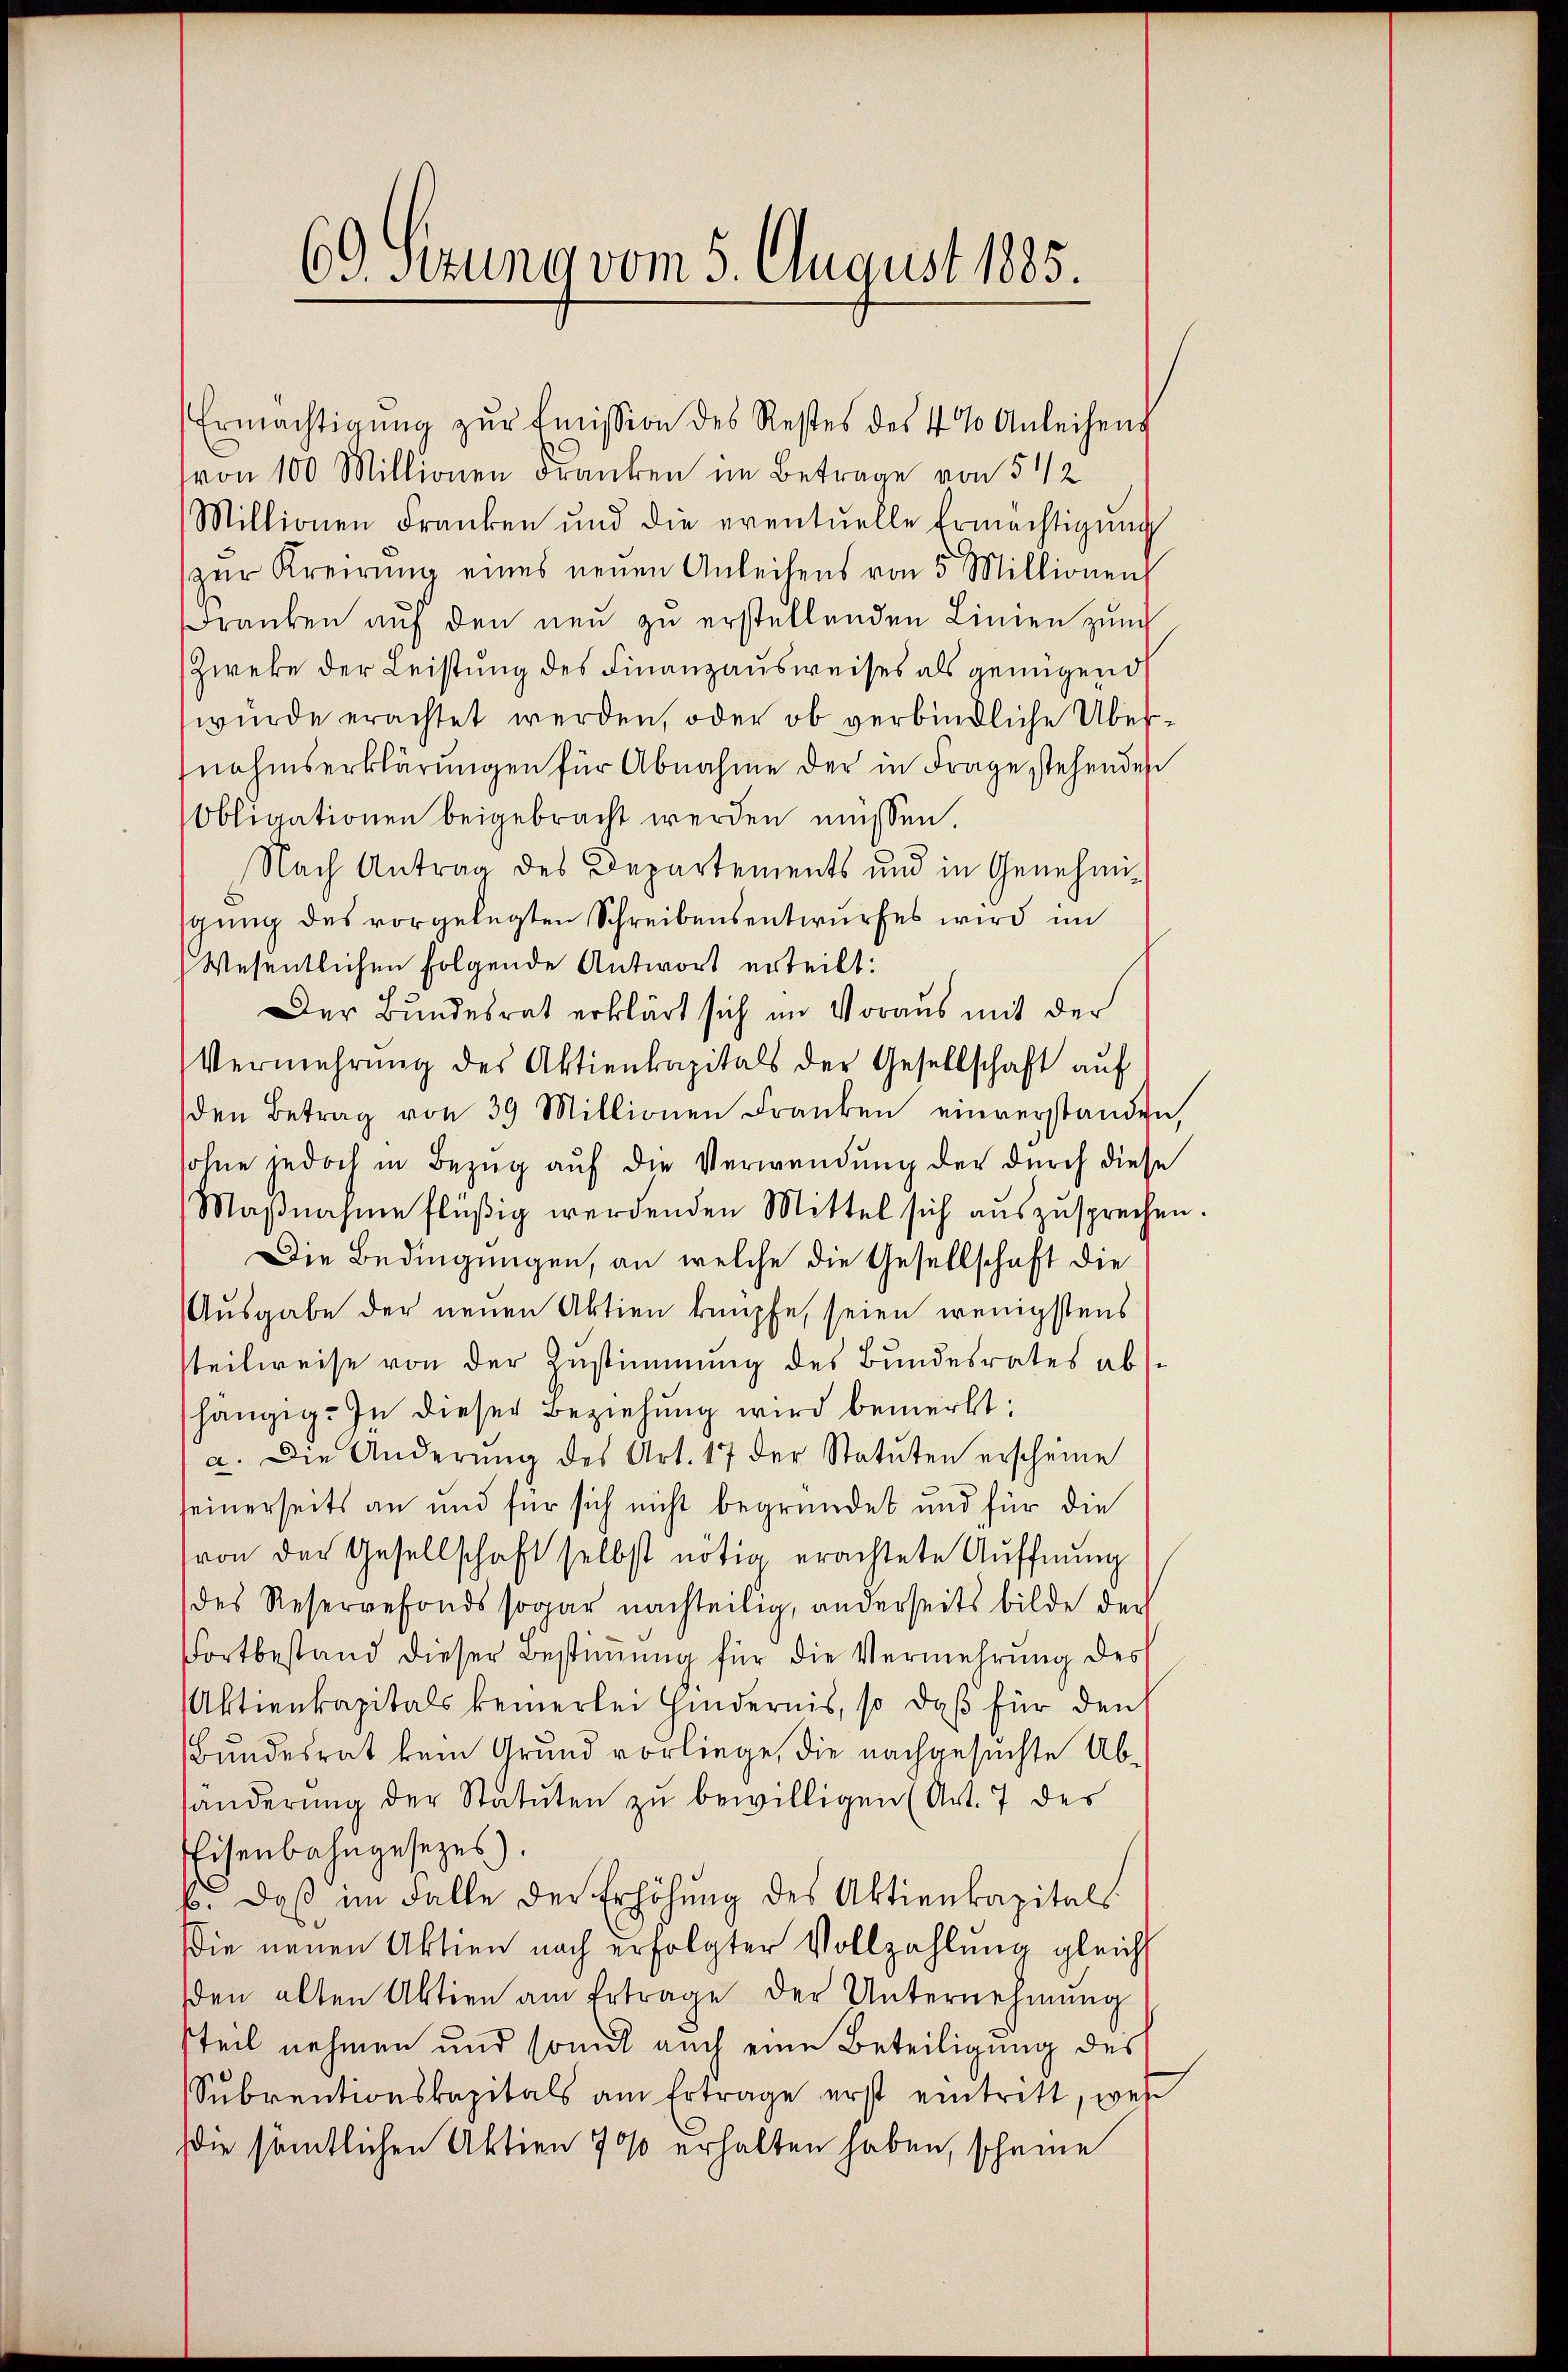
69. Sizung vom 5. August 1885.

Ermächtigŭng zŭr Emission des Restes des 4% Anleihens
(von 100 Millionen Franken im Betrage von 5 1/2
Millionen Franken und die eventuelle Ermächtigŭng
zur Kreisung eines neuen Anleihens von 5 Millionen
Franken auf den neu zu erstellenden Linien zunch
Zweke der Leistung des Finanzausweises als genügend
würde erachtet werden, oder ob verbindliche Übernahmserklärungen für Abnahme der in Frage stehenden
Obligationen beigebracht werden müssen.
Nach Antrag des Departements und in Genehmigung des vorgelegten Schreibensentwurfes wird im
Wesentlichen folgende Antwort erteilt:
Der Bundesrat erklärt sich im Voraus mit der
Vermehrŭng des Aktienkapitals der Gesellschaft aŭf
den Betrag von 39 Millionen Franken einverstanden,
sohne jedoch in Bezug auf die Verwendung der durch diese
Maβnahme flüßig werdenden Mittel sich auszusprechen.
Die Bedingungen, an welche die Gesellschaft die
Ausgabe der neuen Aktien knüpfe, seien wenigstens
steilweise von der Zustimmung des Bundesrates abshängig. In dieser Beziehung wird bemerkt:
a. Die Änderŭng des Art. 17 der Statuten erscheine
seinerseits an und für sich nicht begründet und für die
(von der Gesellschaft selbst nötig erachtete Auffnung
des Reservefonds sogar nachteilig, anderseits bilde der
Fortbestand dieser Bestimmung für die Vermehrung des
Aktienkapitals keinerlei hindernis, so daβ für den
Bundesrat kein Grund vorliege, die nachgesuchte Abhänderŭng der Statuten zŭ bewilligen (Art. 7 des
Eisenbahngesezes).
b. daβ im Falle der Erhöhŭng des Aktienkapitals
Die neuen Aktien nach erfolgter Vollzahlŭng gleich
den alten Aktien am Ertrage der Unternehmung
steil nehmen und somit auch eine Beteiligung des
Sŭbrentionskapitals am Ertrage erst eintrett, wen
Die sämtlichen Aktien 700 erhalten haben, scheine